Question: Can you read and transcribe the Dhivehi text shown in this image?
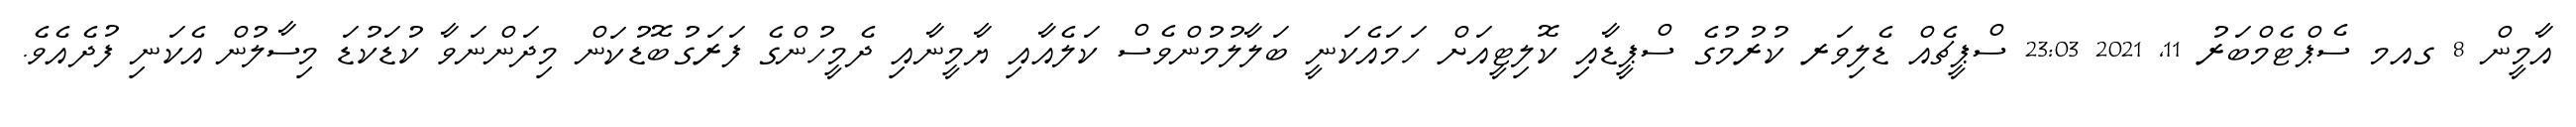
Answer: އާމީން 8 ގއމ ސެޕްޓެމްބަރު 11, 2021 23:03 ސްޕީޗެއް ޑެލިވަރ ކުރުމުގެ ސްޕީޑާއި ކޮލިޓީއަށް ހަމައެކަނީ ބަލާލުމުންވެސް ކަލެއާއި ޔާމީނާއި ދެމީހުންގެ ފަރަގުބޮޑުކަން މިދަންނަވާ ކުޑަކުޑަ މިސާލުން އެކަނި ފުދެއެވެ.